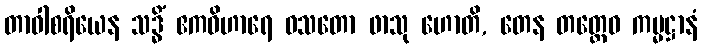
တာဝါစရိယေန သဒ္ဓိံ ဧကဝိဟာရေ ဝသတော ဖာသု ဟောတိ, တေန တတ္ထေဝ ကမ္မဋ္ဌာနံ